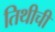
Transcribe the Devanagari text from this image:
तिथीची